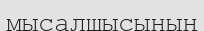
мысалшысының